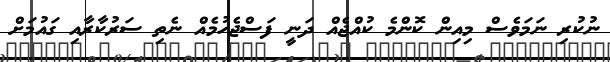
ނުކުރި ނަމަވެސް މިއިން ކޮންމެ ކުއްޖެއް ދަނީ ފަސްޖެހުމެއް ނެތި ސަރުކާރާއި ގައުމަށް